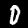
Digit: 0